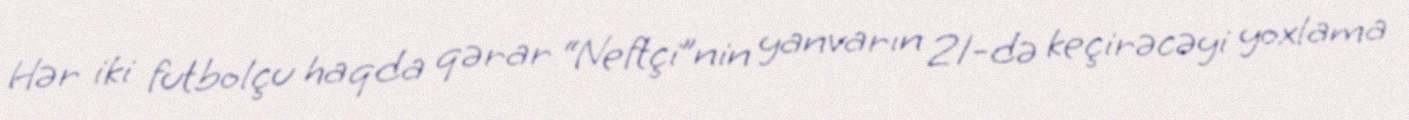
Hər iki futbolçu haqda qərar “Neftçi”nin yanvarın 21-də keçirəcəyi yoxlama